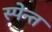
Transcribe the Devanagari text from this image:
स्पेन्त